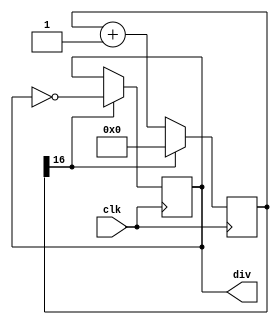
`timescale 1ns / 1ps

module FreqDiv_1ms(
    output reg div,
    input clk
    );

    reg[16:0] count = 0;
    
    always @(posedge clk) begin
        if(count[16] == 1) begin
            count <= 0;
            div = ~div;
        end
        else
            count <= count + 1;
    end

endmodule